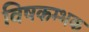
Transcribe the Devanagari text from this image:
विषकम्भक